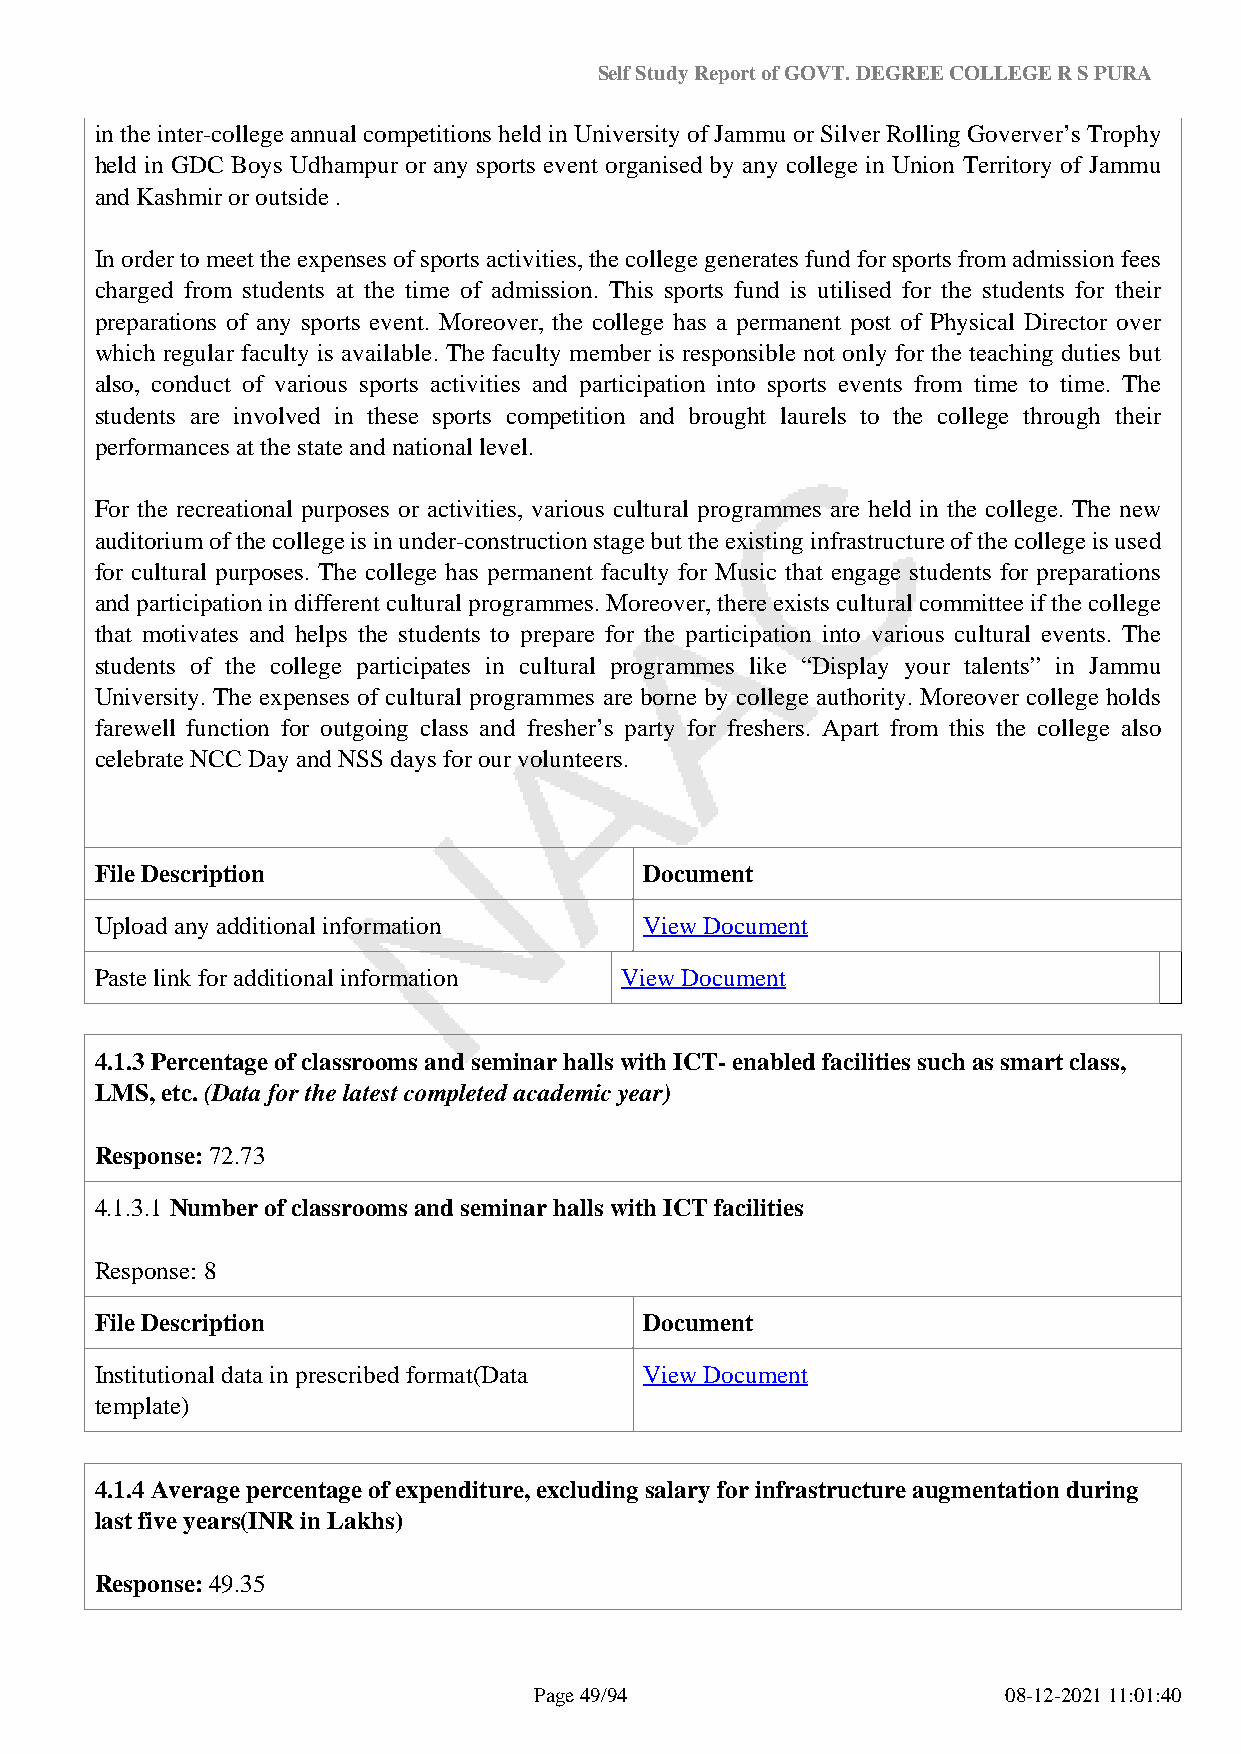
Self Study Report of GOVT. DEGREE COLLEGE R S PURA
 in the inter-college annual competitions held in University of Jammu or Silver Rolling Goverver’s Trophy
 held in GDC Boys Udhampur or any sports event organised by any college in Union Territory of Jammu
 and Kashmir or outside .
 In order to meet the expenses of sports activities, the college generates fund for sports from admission fees
 charged from students at the time of admission. This sports fund is utilised for the students for their
 preparations of any sports event. Moreover, the college has a permanent post of Physical Director over
 which regular faculty is available. The faculty member is responsible not only for the teaching duties but
 also, conduct of various sports activities and participation into sports events from time to time. The
 students are involved in these sports competition and brought laurels to the college through their
 performances at the state and national level.
 For the recreational purposes or activities, various cultural programmes are held in the college. The new
 auditorium of the college is in under-construction stage but the existing infrastructure of the college is used
 for cultural purposes. The college has permanent faculty for Music that engage students for preparations
 and participation in different cultural programmes. Moreover, there exists cultural committee if the college
 that motivates and helps the students to prepare for the participation into various cultural events. The
 students of the college participates in cultural programmes like “Display your talents” in Jammu
 University. The expenses of cultural programmes are borne by college authority. Moreover college holds
 farewell function for outgoing class and fresher’s party for freshers. Apart from this the college also
 celebrate NCC Day and NSS days for our volunteers.
 File Description                     Document
 Upload any additional information    View Document
 Paste link for additional information View Document
 4.1.3 Percentage of classrooms and seminar halls with ICT- enabled facilities such as smart class,
 LMS, etc. (Data for the latest completed academic year)
 Response: 72.73
 4.1.3.1 Number of classrooms and seminar halls with ICT facilities
 Response: 8
 File Description                     Document
 Institutional data in prescribed format(Data View Document
 template)
 4.1.4 Average percentage of expenditure, excluding salary for infrastructure augmentation during
 last five years(INR in Lakhs)
 Response: 49.35
 Page 49/94                      08-12-2021 11:01:40